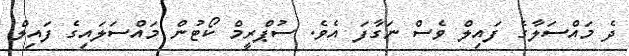
ދެ މައްސަލާގެ ފައިލް ވެސް ނަގާފަ އެވެ. ސުޕްރީމް ކޯޓުން މައްސަލައިގެ ފައިލް